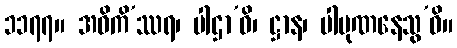
၁၁၇၇။ အဓိကိ’ဿရ၊ ပါဌာ’ဓိ၊ ဋ္ဌာန၊ ပါပုဏနေသွ’ဓိ။